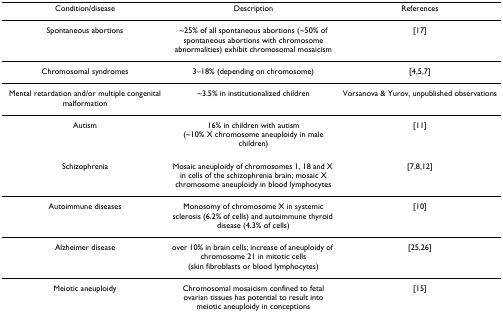
<table><thead><tr><td><b>Condition/disease</b></td><td><b>Description</b></td><td><b>References</b></td></tr></thead><tbody><tr><td>Spontaneous abortions</td><td>~25% of all spontaneous abortions (~50% of spontaneous abortions with chromosome abnormalities) exhibit chromosomal mosaicism</td><td>[17]</td></tr><tr><td>Chromosomal syndromes</td><td>3–18% (depending on chromosome)</td><td>[4,5,7]</td></tr><tr><td>Mental retardation and/or multiple congenital malformation</td><td>~3.5% in institutionalized children</td><td>Vorsanova &amp; Yurov, unpublished observations</td></tr><tr><td>Autism</td><td>16% in children with autism (~10% X chromosome aneuploidy in male children)</td><td>[11]</td></tr><tr><td>Schizophrenia</td><td>Mosaic aneuploidy of chromosomes 1, 18 and X in cells of the schizophrenia brain; mosaic X chromosome aneuploidy in blood lymphocytes</td><td>[7,8,12]</td></tr><tr><td>Autoimmune diseases</td><td>Monosomy of chromosome X in systemic sclerosis (6.2% of cells) and autoimmune thyroid disease (4.3% of cells)</td><td>[10]</td></tr><tr><td>Alzheimer disease</td><td>over 10% in brain cells; increase of aneuploidy of chromosome 21 in mitotic cells (skin fibroblasts or blood lymphocytes)</td><td>[25,26]</td></tr><tr><td>Meiotic aneuploidy</td><td>Chromosomal mosaicism confined to fetal ovarian tissues has potential to result into meiotic aneuploidy in conceptions</td><td>[15]</td></tr></tbody></table>